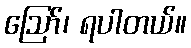
ဪ၊ ရပါတယ်။